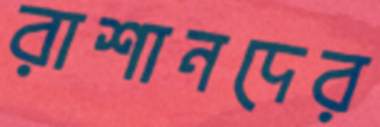
রাশানদের